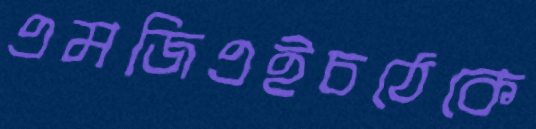
এমজিএইচঠেকে